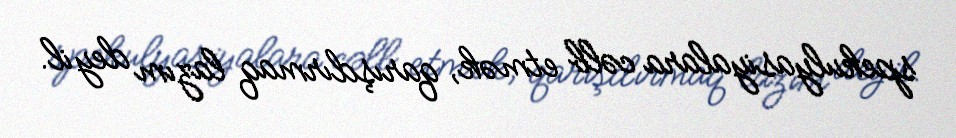
spekulyasiyalara cəlb etmək, qarışdırmaq lazım deyil.